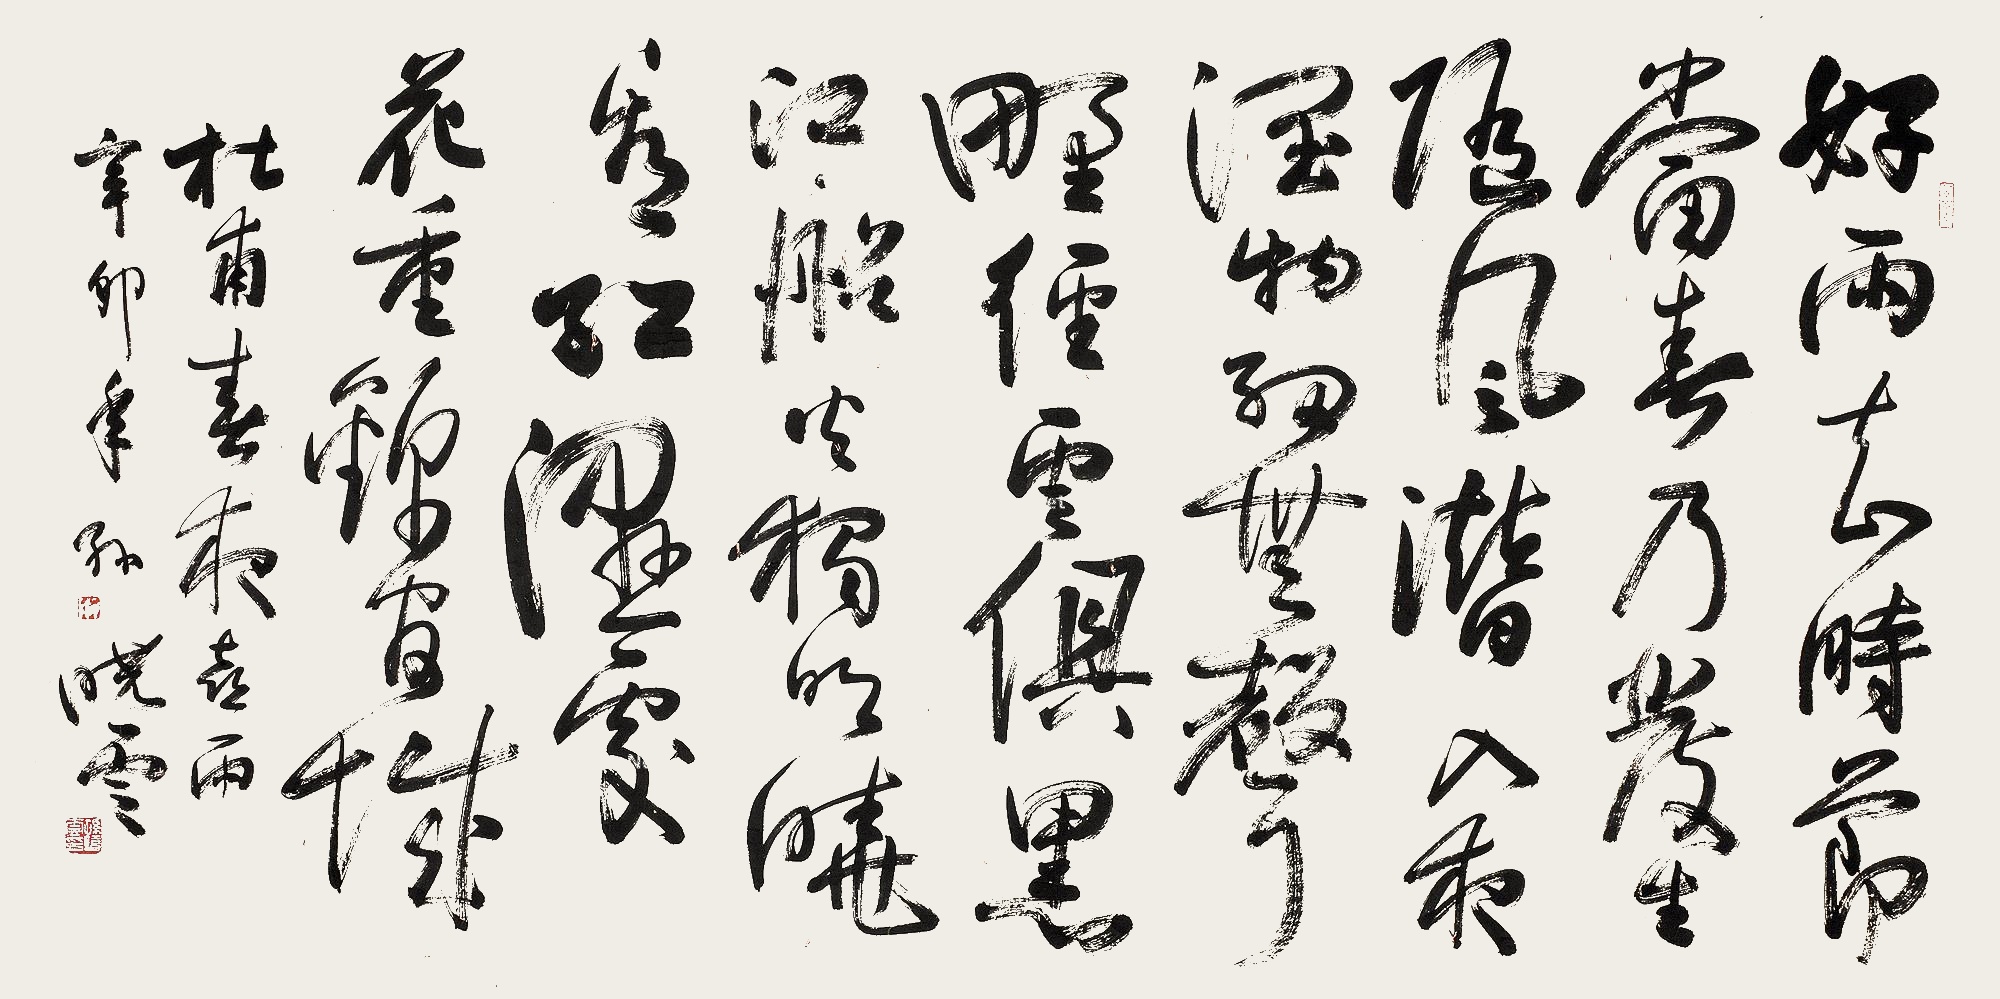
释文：好雨知时节，当春乃发生。随风潜入夜，润物细无声。野径云俱黑，江船火独明。晓看红湿处，花重锦官城。杜甫春夜喜雨，辛卯（2011年）年，孙晓云。